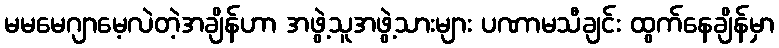
မမမေဂျာမေ့လဲတဲ့အချိန်ဟာ အဖွဲ့သူအဖွဲ့သားများ ပဏာမသီချင်း ထွက်နေချိန်မှာ